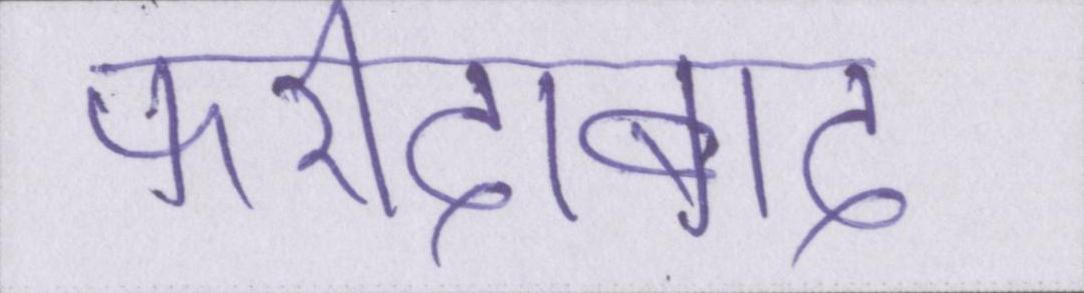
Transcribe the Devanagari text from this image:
फरीदाबाद